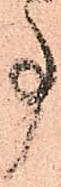
事